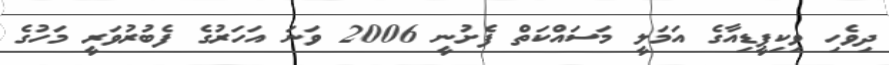
ދިވެހި ވިކިޕީޑިއާގެ އަމަލީ މަސައްކަތް ފެށުނީ 2006 ވަނަ އަހަރުގެ ފެބުރުވަރީ މަހުގެ